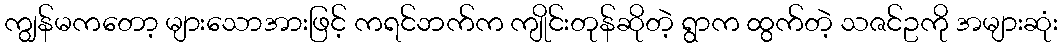
ကျွန်မကတော့ များသောအားဖြင့် ကရင်ဘက်က ကျိုင်းတုန်ဆိုတဲ့ ရွာက ထွက်တဲ့ သဇင်ဥကို အများဆုံး